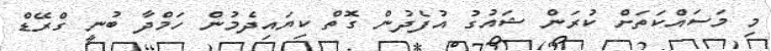
މި މަސައްކަތަށް ކުރަން ޝައުގު އުފެދުން ގޮތް ކިޔައިދެމުން ހަމްދާ ބުނީ ގްރޭޑް